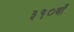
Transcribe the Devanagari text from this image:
३१०वाँ